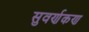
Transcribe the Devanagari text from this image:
सुवर्णकण